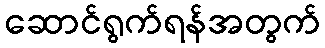
ဆောင်ရွက်ရန်အတွက်